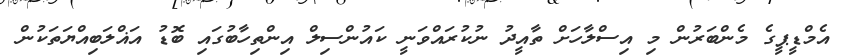
އެމްޑީޕީގެ މެންބަރުން މި އިސްލާހަށް ތާއީދު ނުކުރައްވަނީ ކައުންސިލް އިންތިހާބުގައި ބޮޑު އަޣްލަބިއްޔަތަކުން